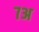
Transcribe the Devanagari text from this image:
७अ